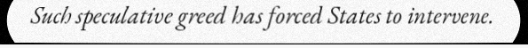
Such speculative greed has forced States to intervene.